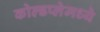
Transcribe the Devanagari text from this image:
कोल्डप्लेमध्ये